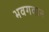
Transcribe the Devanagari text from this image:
भवगवान